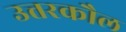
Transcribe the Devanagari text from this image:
उत्तरकौल